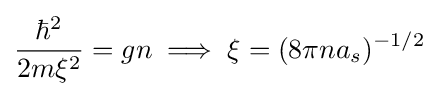
{\frac {\hbar ^{2}}{2m\xi ^{2}}}=gn\implies \xi =(8\pi na_{s})^{-1/2}